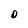
Character: O